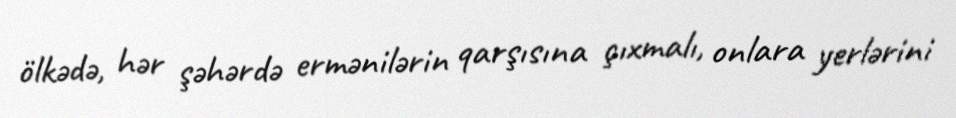
ölkədə, hər şəhərdə ermənilərin qarşısına çıxmalı, onlara yerlərini